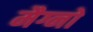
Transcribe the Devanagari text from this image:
मैग्नो